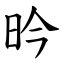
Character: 昑